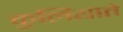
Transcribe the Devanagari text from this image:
कुलियाते